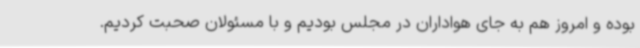
بوده و امروز هم به جای هواداران در مجلس بودیم و با مسئولان صحبت کردیم.